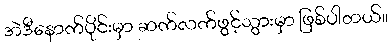
အဲဒီနောက်ပိုင်းမှာ ဆက်လက်ဖွင့်သွားမှာ ဖြစ်ပါတယ်။